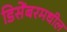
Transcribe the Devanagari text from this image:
डिसेंबरमधील